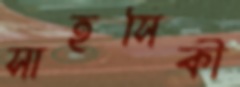
সাহসিকী